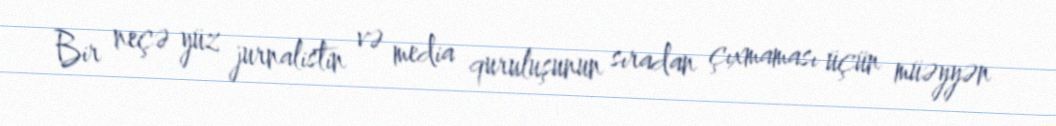
Bir neçə yüz jurnalistin və media quruluşunun sıradan çıxmaması üçün müəyyən